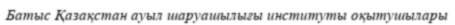
Батыс Қазақстан ауыл шаруашылығы институты оқытушылары